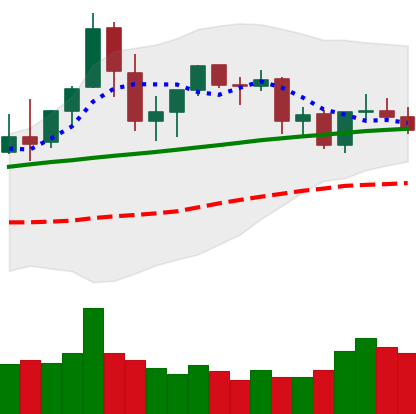
Ticker: ETC-USD
Chart end date: 2021-08-30
Forward return: 11.474%
Label: up_7plus